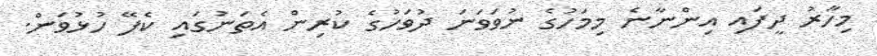
މިހާރު ދީފައި އިންނާނެ މިމަހުގެ ނުވަވަނަ ދުވަހުގެ ކުރިން އެތަނުގައި ކެފޭ ހުޅުވަން.